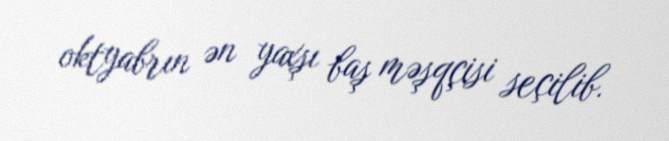
oktyabrın ən yaxşı baş məşqçisi seçilib.